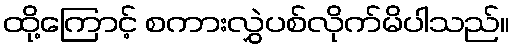
ထို့ကြောင့် စကားလွှဲပစ်လိုက်မိပါသည်။